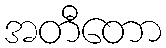
အတီတော